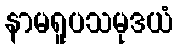
နာမရူပသမုဒယံ